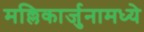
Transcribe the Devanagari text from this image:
मल्लिकार्जुनामध्ये